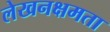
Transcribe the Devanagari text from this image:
लेखनक्षमता